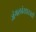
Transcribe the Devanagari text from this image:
जंगलांसारखी